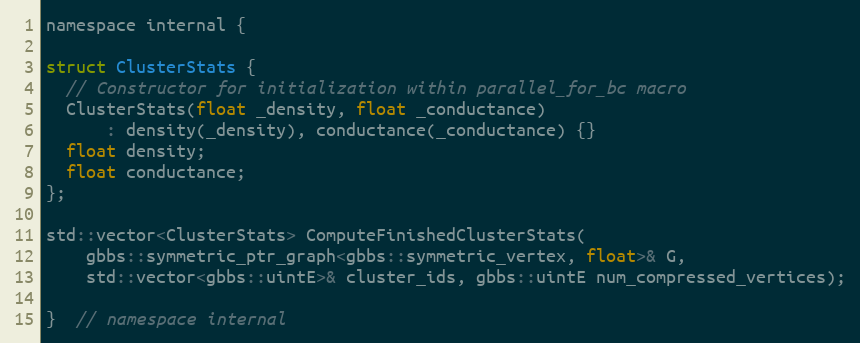
Language: C
namespace internal {

struct ClusterStats {
  // Constructor for initialization within parallel_for_bc macro
  ClusterStats(float _density, float _conductance)
      : density(_density), conductance(_conductance) {}
  float density;
  float conductance;
};

std::vector<ClusterStats> ComputeFinishedClusterStats(
    gbbs::symmetric_ptr_graph<gbbs::symmetric_vertex, float>& G,
    std::vector<gbbs::uintE>& cluster_ids, gbbs::uintE num_compressed_vertices);

}  // namespace internal